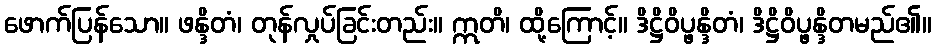
ဖောက်ပြန်သော။ ဖန္ဒိတံ၊ တုန်လှုပ်ခြင်းတည်း။ ဣတိ၊ ထို့ကြောင့်။ ဒိဋ္ဌိဝိပ္ဖန္ဒိတံ၊ ဒိဋ္ဌိဝိပ္ဖန္ဒိတမည်၏။